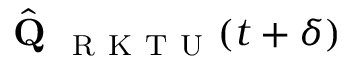
\hat { \textbf { Q } } _ { \mathrm { ~ R ~ K ~ T ~ U ~ } } ( t + \delta )